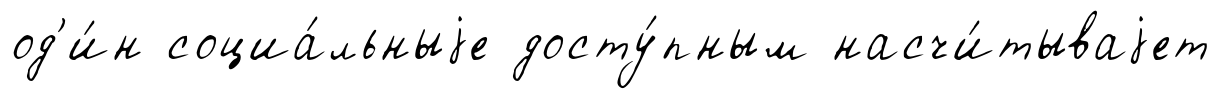
од'и́н социа́льныjе досту́пным насчи́тываjет